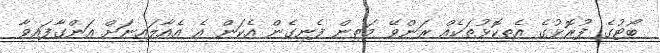
ބޯޓުގެ ފުރޮޅުގެ އެތިކޮޅުތަކެއް ރަންވޭ މަތިން ފެނިގެން އެކަން އެ އެއާލައިނަށް އަންގާފައިވާ